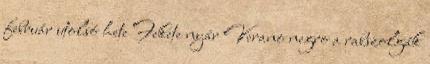
február utolsó hete Fekete nyár Verano negro a rabszolgák